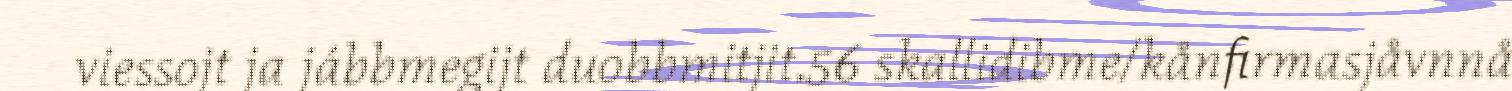
viessojt ja jábbmegijt duobbmitjit.56 skallidibme/kånfirmasjåvnnå